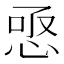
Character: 𢚣